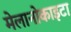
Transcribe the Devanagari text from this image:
मेलानोकाइटा